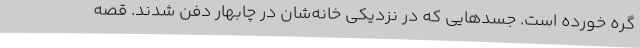
گره خورده است. جسدهایی که در نزدیکی خانه‌شان در چابهار دفن شدند. قصه